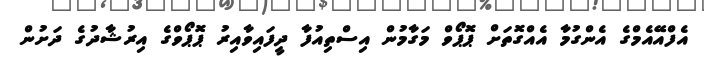
އެފްއޭއެމްގެ އެންގުމާ އެއްގޮތަށް ޕޮޕޯވް މަގާމުން އިސްތިއުފާ ދީފައިވާއިރު ޕޮޕޯވްގެ އިރުޝާދުގެ ދަށުން